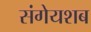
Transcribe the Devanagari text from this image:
संगेयशब